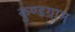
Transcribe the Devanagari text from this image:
कुण्डग्राम